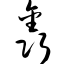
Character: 鑫